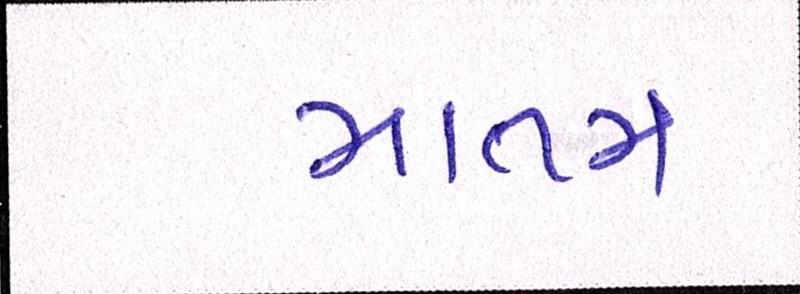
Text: માતમ